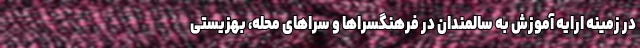
در زمینه ارایه آموزش به سالمندان در فرهنگسراها و سراهای محله، بهزیستی